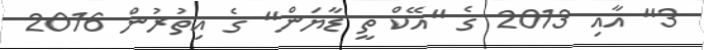
3" އާއި 2013 ގެ "އޭކް ތީ ޑާޔަން" ގެ އިތުރުން 2016